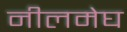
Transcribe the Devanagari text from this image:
नीलमेघ